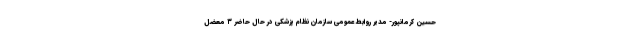
حسین کرمانپور- مدیر روابط عمومی سازمان نظام پزشکی در حال حاضر ۳ معضل